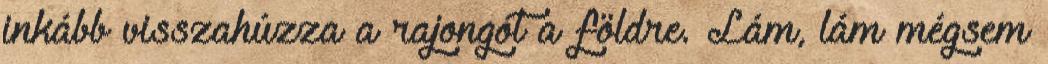
inkább visszahúzza a rajongót a földre. Lám, lám mégsem